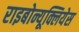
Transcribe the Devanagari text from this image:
राइबोन्यूक्लियेस